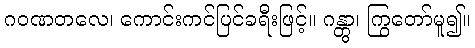
ဂဝဏတလေ၊ ကောင်းကင်ပြင်ခရီးဖြင့်။ ဂန္တွာ၊ ကြွတော်မူ၍။